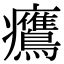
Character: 𤼡